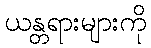
ယန္တရားများကို